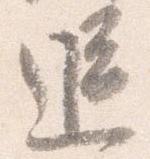
追